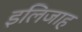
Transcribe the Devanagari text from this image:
इलिजाह